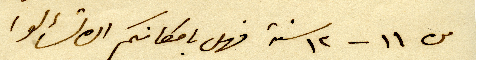
من ١١ - ١٢ سنة فهل بامكانكم ان تسألوا